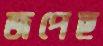
জপেছ